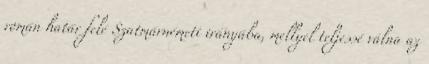
román határ felé Szatmárnémeti irányába, mellyel teljessé válna az